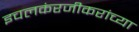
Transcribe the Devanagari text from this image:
इचलकंरजीकरांच्या